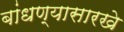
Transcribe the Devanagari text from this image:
बांधण्यासारखे